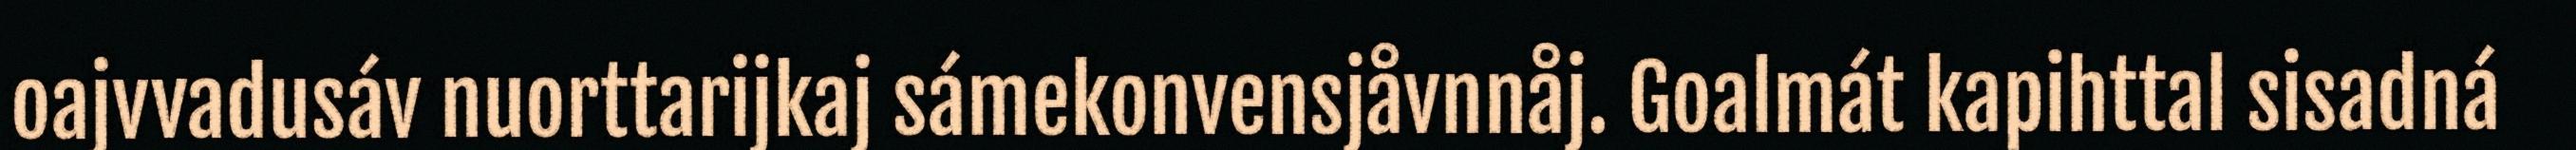
oajvvadusáv nuorttarijkaj sámekonvensjåvnnåj. Goalmát kapihttal sisadná